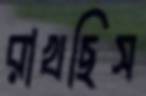
রাখছিস